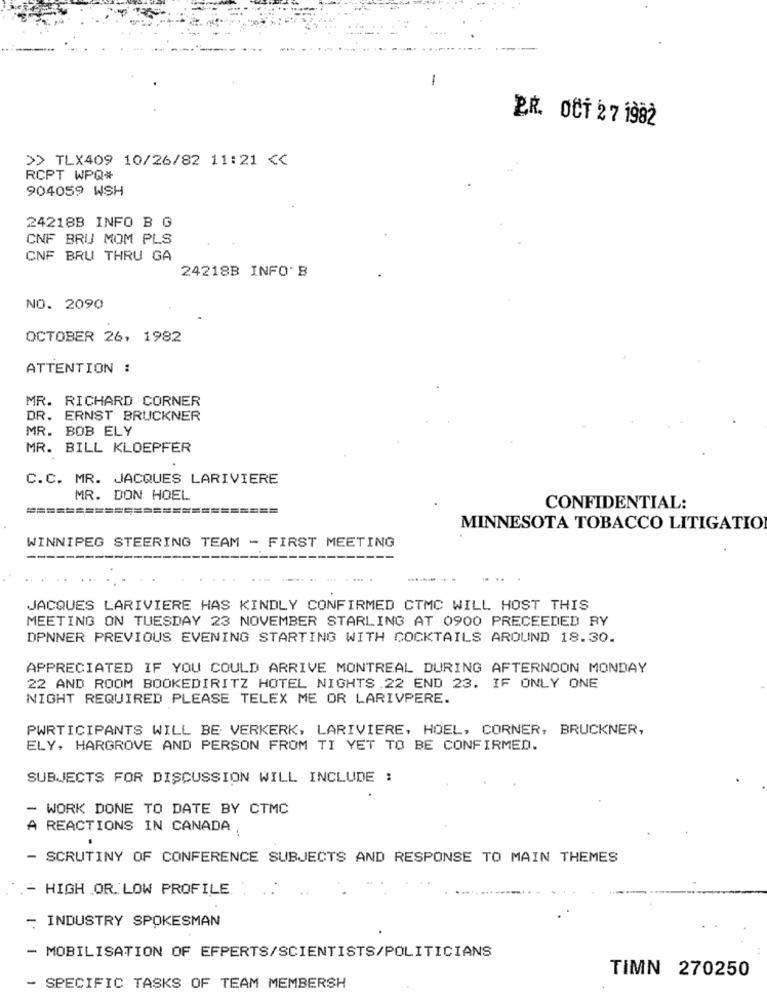
1
ER. OCT 27 1982
>> TLX409 10/26/82 11:21 <<
RCPT WPQ#
904059 WSH
24218B INFO B G
CNF BRU MOM PLS
CNF BRU THRU GA
24218B INFO' B
NO. 2090
OCTOBER 26, 1982
ATTENTION :
MR. RICHARD CORNER
DR. ERNST BRUCKNER
MR. BOB ELY
MR. BILL KLOEPFER
C.C. MR. JACQUES LARIVIERE
MR. DON HOEL
==========================
CONFIDENTIAL:
MINNESOTA TOBACCO LITIGATIO
WINNIPEG STEERING TEAM - FIRST MEETING
JACQUES LARIVIERE HAS KINDLY CONFIRMED CTMC WILL HOST THIS
MEETING ON TUESDAY 23 NOVEMBER STARLING AT 0900 PRECEEDED RY
DPNNER PREVIOUS EVENING STARTING WITH COCKTAILS AROUND 18.30.
APPRECIATED IF YOU COULD ARRIVE MONTREAL DURING AFTERNOON MONDAY
22 AND ROOM BOOKEDIRITZ HOTEL NIGHTS.22 END 23. IF ONLY ONE
NIGHT REQUIRED PLEASE TELEX ME OR LARIVPERE.
PWRTICIPANTS WILL BE VERKERK, LARIVIERE, HOEL, CORNER, BRUCKNER,
ELY, HARGROVE AND PERSON FROM TI YET TO BE CONFIRMED.
SUBJECTS FOR DISCUSSION WILL INCLUDE :
- WORK DONE TO DATE BY CTMC
A REACTIONS IN CANADA ,
- SCRUTINY OF CONFERENCE SUBJECTS AND RESPONSE TO MAIN THEMES
- HIGH OR. LOW PROFILE. .
- INDUSTRY SPOKESMAN
- MOBILISATION OF EFPERTS/SCIENTISTS/POLITICIANS
TIMN 270250
- SPECIFIC TASKS OF TEAM MEMBERSH